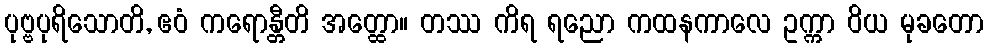
ပုဗ္ဗပုရိသောတိ, ဧဝံ ကရောန္တီတိ အတ္ထော။ တဿ ကိရ ရညော ကထနကာလေ ဥက္ကာ ဝိယ မုခတော